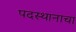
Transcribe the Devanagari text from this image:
पदस्थानाचा